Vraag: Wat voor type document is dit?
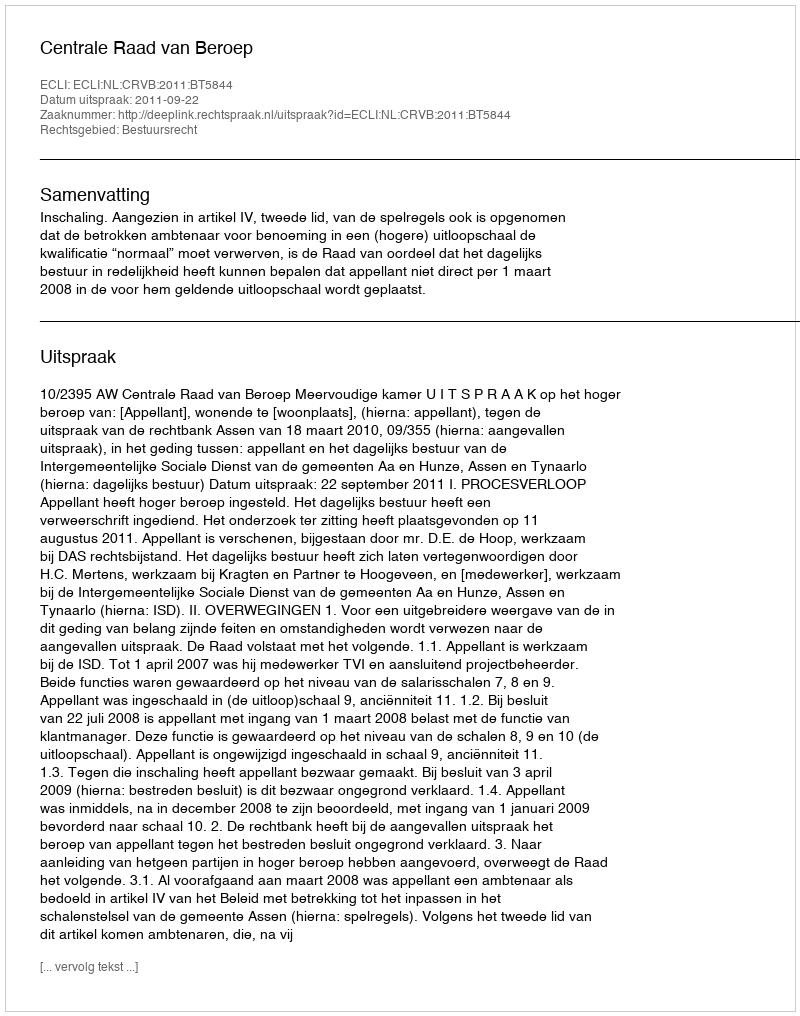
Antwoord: Uitspraak